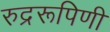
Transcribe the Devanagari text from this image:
रुद्ररूपिणी